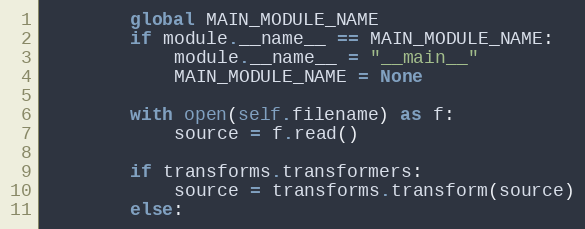
Language: Python
        global MAIN_MODULE_NAME
        if module.__name__ == MAIN_MODULE_NAME:
            module.__name__ = "__main__"
            MAIN_MODULE_NAME = None

        with open(self.filename) as f:
            source = f.read()

        if transforms.transformers:
            source = transforms.transform(source)
        else: